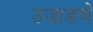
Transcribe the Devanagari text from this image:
उजाडणे